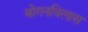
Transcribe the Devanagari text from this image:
बोगनविलास